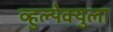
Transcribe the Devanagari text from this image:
व्हुल्पेक्युला